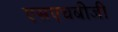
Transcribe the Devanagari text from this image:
एसएचबीजी